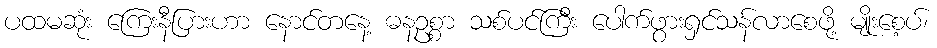
ပထမဆုံး ကြေးနီပြားဟာ နောင်တနေ့ ဓနဥစ္စာ သစ်ပင်ကြီး ပေါက်ဖွားရှင်သန်လာစေဖို့ မျိုးစေ့ပ်၊